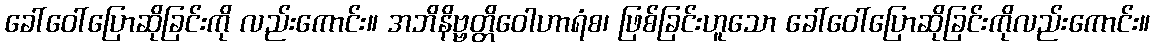
ခေါ်ဝေါ်ပြောဆိုခြင်းကို လည်းကောင်း။ အဘိနိဗ္ဗတ္တိဝေါဟာရံစ၊ ဖြစ်ခြင်းဟူသော ခေါ်ဝေါ်ပြောဆိုခြင်းကိုလည်းကောင်း။